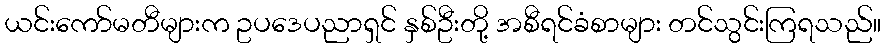
ယင်းကော်မတီများက ဥပဒေပညာရှင် နှစ်ဦးတို့ အစီရင်ခံစာများ တင်သွင်းကြရသည်။